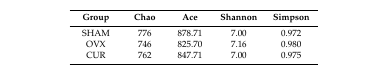
| Group | Chao | Ace | Shannon | Simpson |
 | --- | --- | --- | --- | --- |
 | SHAM | 776 | 878.71 | 7.00 | 0.972 |
 | OVX | 746 | 825.70 | 7.16 | 0.980 |
 | CUR | 762 | 847.71 | 7.00 | 0.975 |